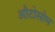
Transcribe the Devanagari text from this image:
औटोसोम